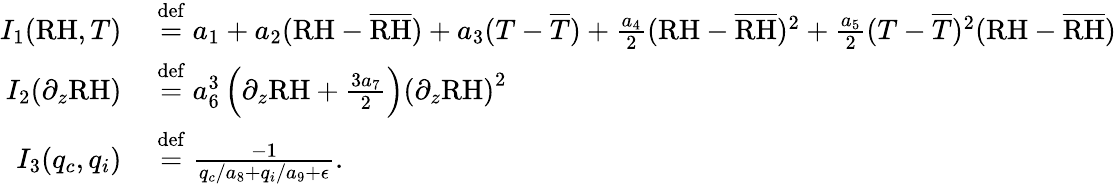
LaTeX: \begin{array}{rl}{I_{1}(\mathrm{RH},T)}&{{}\stackrel{\mathrm{def}}{=}a_{1}+a_{2}(\mathrm{RH}-\overline{{\mathrm{RH}}})+a_{3}(T-\overline{{T}})+\frac{a_{4}}{2}(\mathrm{RH}-\overline{{\mathrm{RH}}})^{2}+\frac{a_{5}}{2}(T-\overline{{T}})^{2}(\mathrm{RH}-\overline{{\mathrm{RH}}})}\\ {I_{2}(\partial_{z}\mathrm{RH})}&{{}\stackrel{\mathrm{def}}{=}a_{6}^{3}\left(\partial_{z}\mathrm{RH}+\frac{3a_{7}}{2}\right)\left(\partial_{z}\mathrm{RH}\right)^{2}}\\ {I_{3}(q_{c},q_{i})}&{{}\stackrel{\mathrm{def}}{=}\frac{-1}{q_{c}/a_{8}+q_{i}/a_{9}+\epsilon}.}\end{array}